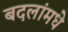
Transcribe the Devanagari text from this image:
बदलांमधे